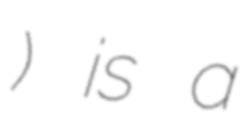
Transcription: โรงพยาบาลหาดใหญ่) is a